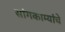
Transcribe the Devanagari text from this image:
सांगकाम्यांचे